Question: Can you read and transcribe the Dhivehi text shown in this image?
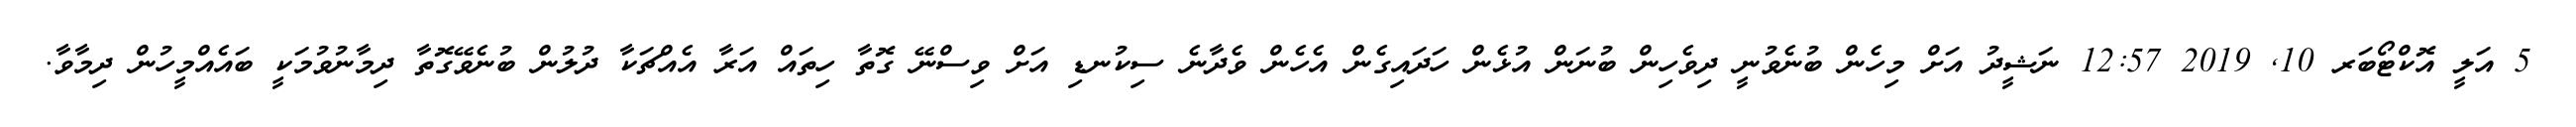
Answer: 5 އަލީ އޮކްޓޯބަރ 10, 2019 12:57 ނަޝީދު އަށް މިހެން ބުނެވުނީ ދިވެހިން ބުނަން އުޅެން ހަދައިގެން އެހެން ވެދާނެ ސިކުނޑި އަށް ވިސްނޭ ގޮތާ ހިތައް އަރާ އެއްޗަކާ ދުލުން ބުނެވޭގޮތާ ދިމާނުވުމަކީ ބައެއްމީހުން ދިމާވާ.